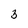
Character: 3